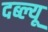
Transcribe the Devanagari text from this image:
दब्ल्यू